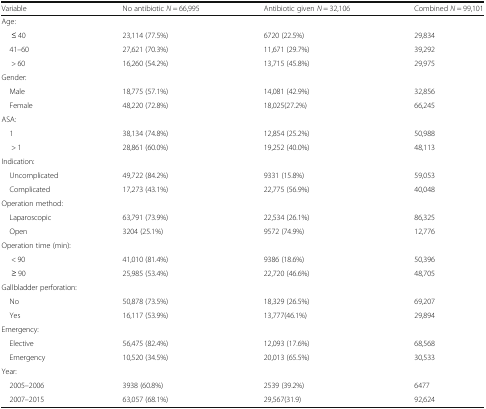
<table><thead><tr><td><b>Variable</b></td><td><b>No antibiotic <i>N</i> = 66,995</b></td><td><b>Antibiotic given <i>N</i> = 32,106</b></td><td><b>Combined <i>N</i> = 99,101</b></td></tr></thead><tbody><tr><td colspan="4">Age:</td></tr><tr><td>≤ 40</td><td>23,114 (77.5%)</td><td>6720 (22.5%)</td><td>29,834</td></tr><tr><td> 41–60</td><td>27,621 (70.3%)</td><td>11,671 (29.7%)</td><td>39,292</td></tr><tr><td>&gt; 60</td><td>16,260 (54.2%)</td><td>13,715 (45.8%)</td><td>29,975</td></tr><tr><td colspan="4">Gender:</td></tr><tr><td> Male</td><td>18,775 (57.1%)</td><td>14,081 (42.9%)</td><td>32,856</td></tr><tr><td> Female</td><td>48,220 (72.8%)</td><td>18,025(27.2%)</td><td>66,245</td></tr><tr><td colspan="4">ASA:</td></tr><tr><td> 1</td><td>38,134 (74.8%)</td><td>12,854 (25.2%)</td><td>50,988</td></tr><tr><td>&gt; 1</td><td>28,861 (60.0%)</td><td>19,252 (40.0%)</td><td>48,113</td></tr><tr><td colspan="4">Indication:</td></tr><tr><td> Uncomplicated</td><td>49,722 (84.2%)</td><td>9331 (15.8%)</td><td>59,053</td></tr><tr><td> Complicated</td><td>17,273 (43.1%)</td><td>22,775 (56.9%)</td><td>40,048</td></tr><tr><td colspan="4">Operation method:</td></tr><tr><td> Laparoscopic</td><td>63,791 (73.9%)</td><td>22,534 (26.1%)</td><td>86,325</td></tr><tr><td> Open</td><td>3204 (25.1%)</td><td>9572 (74.9%)</td><td>12,776</td></tr><tr><td colspan="4">Operation time (min):</td></tr><tr><td>&lt; 90</td><td>41,010 (81.4%)</td><td>9386 (18.6%)</td><td>50,396</td></tr><tr><td>≥ 90</td><td>25,985 (53.4%)</td><td>22,720 (46.6%)</td><td>48,705</td></tr><tr><td colspan="4">Gallbladder perforation:</td></tr><tr><td> No</td><td>50,878 (73.5%)</td><td>18,329 (26.5%)</td><td>69,207</td></tr><tr><td> Yes</td><td>16,117 (53.9%)</td><td>13,777(46.1%)</td><td>29,894</td></tr><tr><td colspan="4">Emergency:</td></tr><tr><td> Elective</td><td>56,475 (82.4%)</td><td>12,093 (17.6%)</td><td>68,568</td></tr><tr><td> Emergency</td><td>10,520 (34.5%)</td><td>20,013 (65.5%)</td><td>30,533</td></tr><tr><td colspan="4">Year:</td></tr><tr><td> 2005–2006</td><td>3938 (60.8%)</td><td>2539 (39.2%)</td><td>6477</td></tr><tr><td> 2007–2015</td><td>63,057 (68.1%)</td><td>29,567(31.9)</td><td>92,624</td></tr></tbody></table>